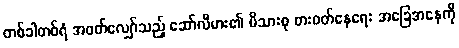
တစ်ခါတစ်ရံ အဝတ်လျှော်သည့် ဆော်လီမား၏ မိသားစု စားဝတ်နေရေး အခြေအနေကို